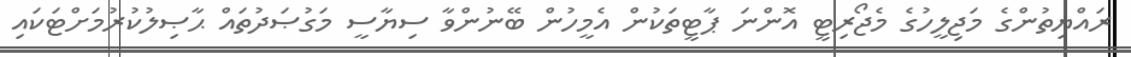
ރައްޔިތުންގެ މަޖިލީހުގެ މެޖޯރިޓީ އޮންނަ ޕާޓީތަކުން އެމީހުން ބޭނުންވާ ސިޔާސީ މަގުޞަދުތައް ޙާޞިލުކުރުމަށްޓަކައި